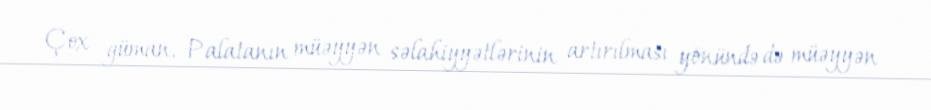
Çox güman, Palatanın müəyyən səlahiyyətlərinin artırılması yönündə də müəyyən